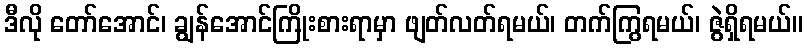
ဒီလို တော်အောင်၊ ချွန်အောင်ကြိုးစားရာမှာ ဖျတ်လတ်ရမယ်၊ တက်ကြွရမယ်၊ ဇွဲရှိရမယ်။